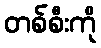
တစ်စီးကို